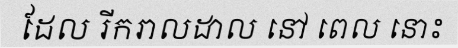
ដែល រីករាលដាល នៅ ពេល នោះ